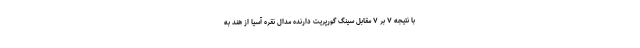
با نتیجه ۷ بر ۷ مقابل سینگ گورپریت دارنده مدال نقره آسیا از هند به